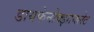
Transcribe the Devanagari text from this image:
डायफेनोक्झायलेट